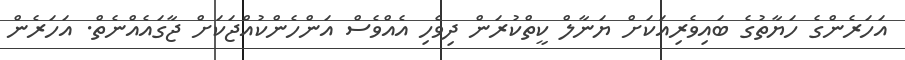
އަހަރެންގެ ހަޔާތުގެ ބައިވެރިއަކަށް ޔަނާލް ކީތްކުރަން ދިވެހި އެއްވެސް އަންހެންކުއްޖަކަށް ޖާގައެއްނެތް. އަހަރެން